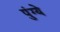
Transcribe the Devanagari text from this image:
पुंग्ये